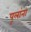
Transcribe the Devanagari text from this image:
पूलांना